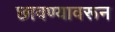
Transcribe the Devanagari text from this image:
छावण्यावरून